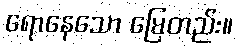
ရောနေသော မြေတည်း။